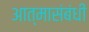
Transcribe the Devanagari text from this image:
आत्मासंबंधी